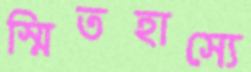
স্মিতহাস্যে